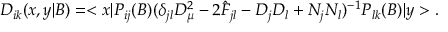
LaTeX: D _ { i k } ( x , y | B ) = < x | P _ { i j } ( B ) ( \delta _ { j l } D _ { \mu } ^ { 2 } - 2 \hat { F } _ { j l } - D _ { j } D _ { l } + N _ { j } N _ { l } ) ^ { - 1 } P _ { l k } ( B ) | y > .